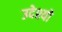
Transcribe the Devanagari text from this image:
उदेश्यो